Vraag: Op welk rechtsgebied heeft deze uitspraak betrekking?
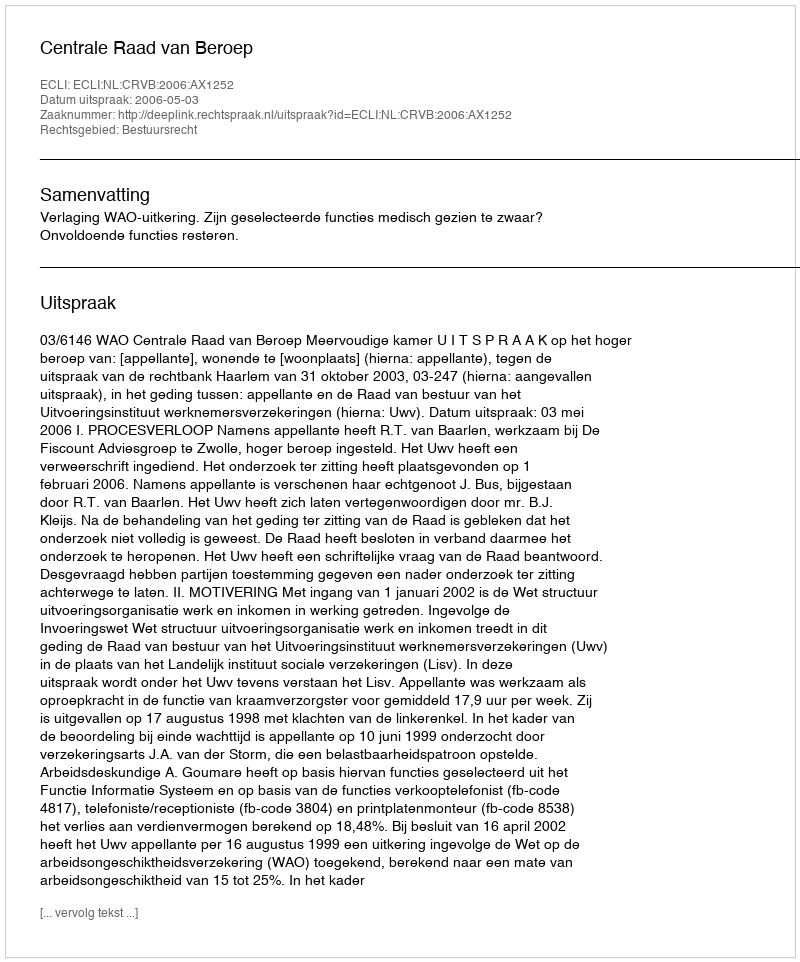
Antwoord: Bestuursrecht